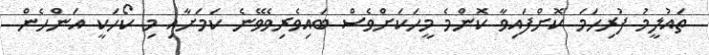
ތައުލީމު ފުރިހަމަ ކޮށްފައިވާ ކޮންމެ މީހަކަށްވެސް ބައިވެރިވެވޭނެ ކަމަށާއި މި ކޯހަކީ އަންހެން